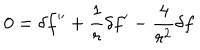
LaTeX: \displaystyle { 0 = \delta f ^ { \prime \prime } + \frac { 1 } { r } \delta f ^ { \prime } - \frac { 4 } { r ^ { 2 } } \delta f }